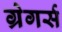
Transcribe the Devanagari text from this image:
ग्रेगर्स